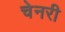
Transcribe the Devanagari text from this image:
चेनरी